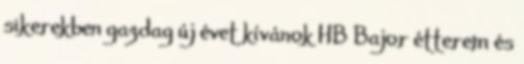
sikerekben gazdag új évet kívánok HB Bajor étterem és